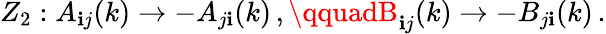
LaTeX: Z_{2}:A_{\mathbf{i}j}(k)\rightarrow-A_{j\mathbf{i}}(k)\, ,\qquadB_{\mathbf{i}j}(k)\rightarrow-B_{j\mathbf{i}}(k)\, .